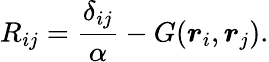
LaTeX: R_{ij}=\frac{\delta_{ij}}{\alpha}-G(\boldsymbol{r}_{i},\boldsymbol{r}_{j}).